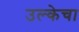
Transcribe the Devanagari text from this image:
उल्केचा